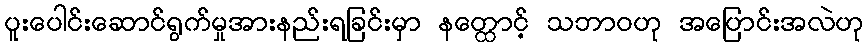
ပူးပေါင်းဆောင်ရွက်မှုအားနည်းရခြင်းမှာ နတ္ထောင့် သဘာဝဟု အပြောင်းအလဲဟု